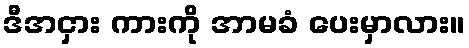
ဒီအငှား ကားကို အာမခံ ပေးမှာလား။